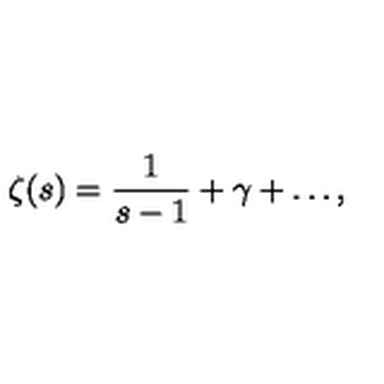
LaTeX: \zeta ( s ) = \frac { 1 } { s - 1 } + \gamma + \dots ,